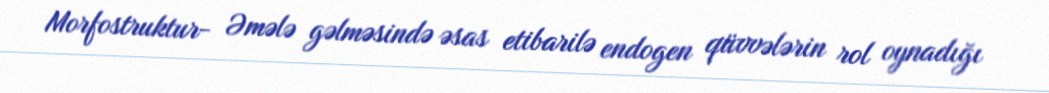
Morfostruktur- Əmələ gəlməsində əsas etibarilə endogen qüvvələrin rol oynadığı